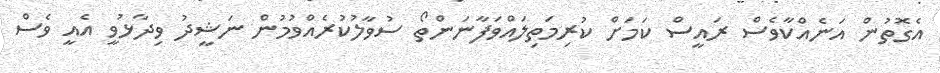
އެގޮތުން އަނެއްކާވެސް ރައީސް ކަމަށް ކުރިމަތިލައްވަފާނަންތޯ ސުވާލުކުރެއްވުމުން ނަޝީދު ވިދާޅުވީ އެއީ ވެސް